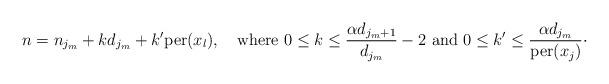
LaTeX: \begin{align*}\smash{n=n_{j_{m}}+kd_{j_{m}}+k'\textrm{per}(x_{l}),\quad\textrm{where}\ 0\le k\le \dfrac{\alpha d_{j_{m}+1}}{d_{j_{m}}}-2\ \textrm{and}\ 0\le k'\le \dfrac{\alpha d_{j_{m}}}{\textrm{per}(x_{j})}}\cdot \end{align*}